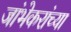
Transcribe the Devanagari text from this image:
जांभेकरांच्या